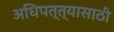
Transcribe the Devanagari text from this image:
अधिपत्त्यासाठी